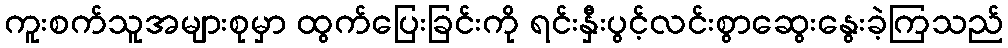
ကူးစက်သူအများစုမှာ ထွက်ပြေးခြင်းကို ရင်းနှီးပွင့်လင်းစွာဆွေးနွေးခဲ့ကြသည်